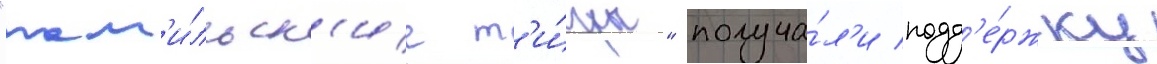
"там'и́льск'ие т'и́гры" получа́л'и подд'е́ржку